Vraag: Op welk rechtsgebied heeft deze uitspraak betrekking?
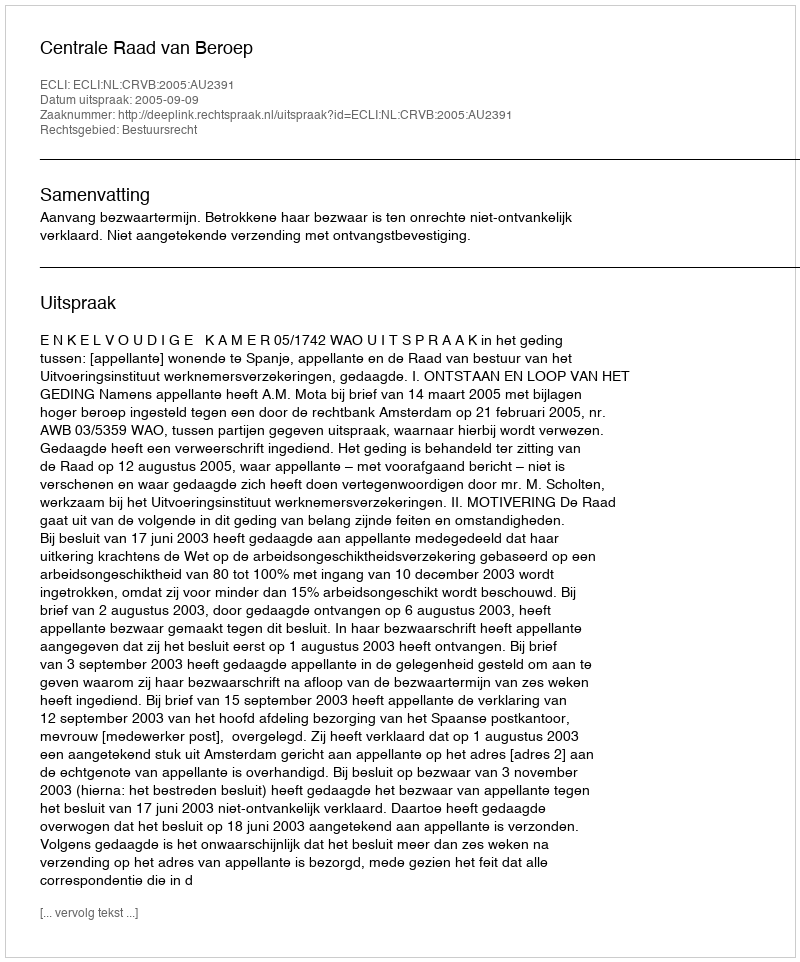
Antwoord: Bestuursrecht